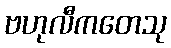
ဗဟုလီကတေသု